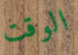
الوقت